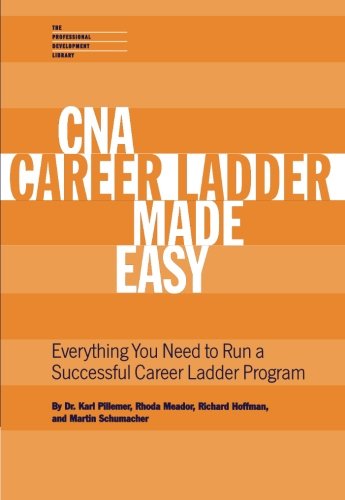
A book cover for CNA Career Ladder Made Easy; Karl Pillemer; Medical Books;